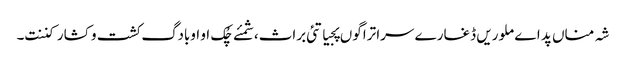
شہ مناں پد اے ملوریں ڈغارے سرا تراگوں پجیاتئی براث،شمئے چُک او اوبادگ کشت و کشار کننت۔